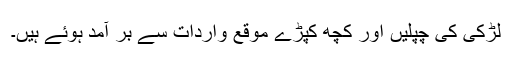
لڑکی کی چپلیں اور کچھ کپڑے موقع واردات سے بر آمد ہوئے ہیں۔